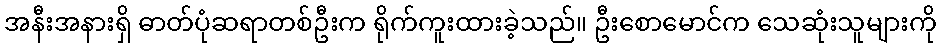
အနီးအနားရှိ ဓာတ်ပုံဆရာတစ်ဦးက ရိုက်ကူးထားခဲ့သည်။ ဦးစောမောင်က သေဆုံးသူများကို